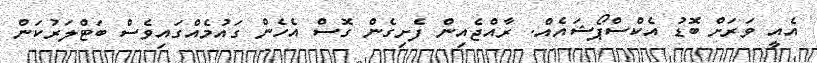
އެއީ ވަރަށް ބޮޑު އެކްސްޕޯޝައެއް. ރާއްޖެއިން ފެށިގެން ގޮސް އެހެން ގައުމެއްގައިވެސް ބަޓްލަރުކަން